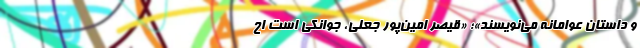
و داستانِ عوامانه می‌نویسند»؛ «قیصر امین‌پورِ جعلی، جوانکی است اح